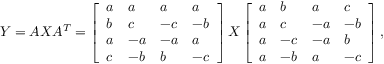
Y = A X A ^ { T } = \left[ \begin{array} { l l l l } { a } & { a } & { a } & { a } \\ { b } & { c } & { - c } & { - b } \\ { a } & { - a } & { - a } & { a } \\ { c } & { - b } & { b } & { - c } \end{array} \right] X \left[ \begin{array} { l l l l } { a } & { b } & { a } & { c } \\ { a } & { c } & { - a } & { - b } \\ { a } & { - c } & { - a } & { b } \\ { a } & { - b } & { a } & { - c } \end{array} \right] ,